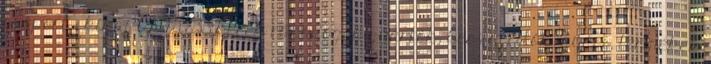
csoport - kínai CDM833 kerék rakodógép-gyártók, beszállítók, gyári, termékek